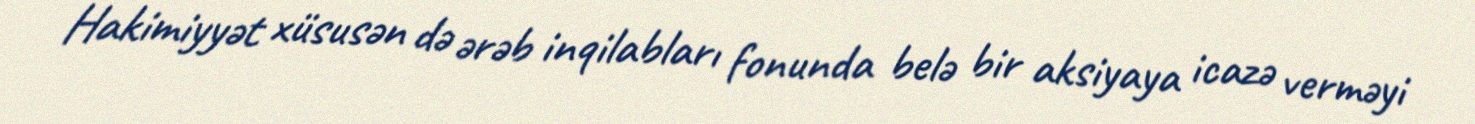
Hakimiyyət xüsusən də ərəb inqilabları fonunda belə bir aksiyaya icazə verməyi